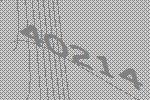
40214